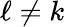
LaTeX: \ell\neq k